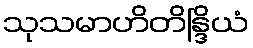
သုသမာဟိတိန္ဒြိယံ